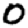
Digit: 0